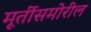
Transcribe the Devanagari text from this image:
मूर्तीसमोरील